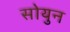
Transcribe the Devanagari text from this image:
सोयुन